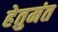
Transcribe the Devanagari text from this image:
हेतुमंत